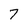
Character: 7